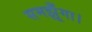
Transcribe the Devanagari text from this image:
समझूँगा।